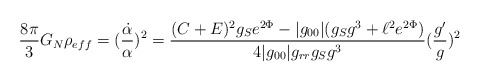
\begin{align*} \frac{8\pi}{3}G_{N}\rho_{eff}= (\frac{\dot{\alpha}}{\alpha})^{2}=\frac{(C+E)^{2}g_{S}e^{2\Phi}-|g_{00}|(g_{S}g^{3}+\ell^{2}e^{2\Phi})}{4|g_{00}|g_{rr}g_{S}g^{3}}(\frac{g'}{g})^{2}\end{align*}